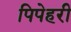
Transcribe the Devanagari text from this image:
पिपेहरी